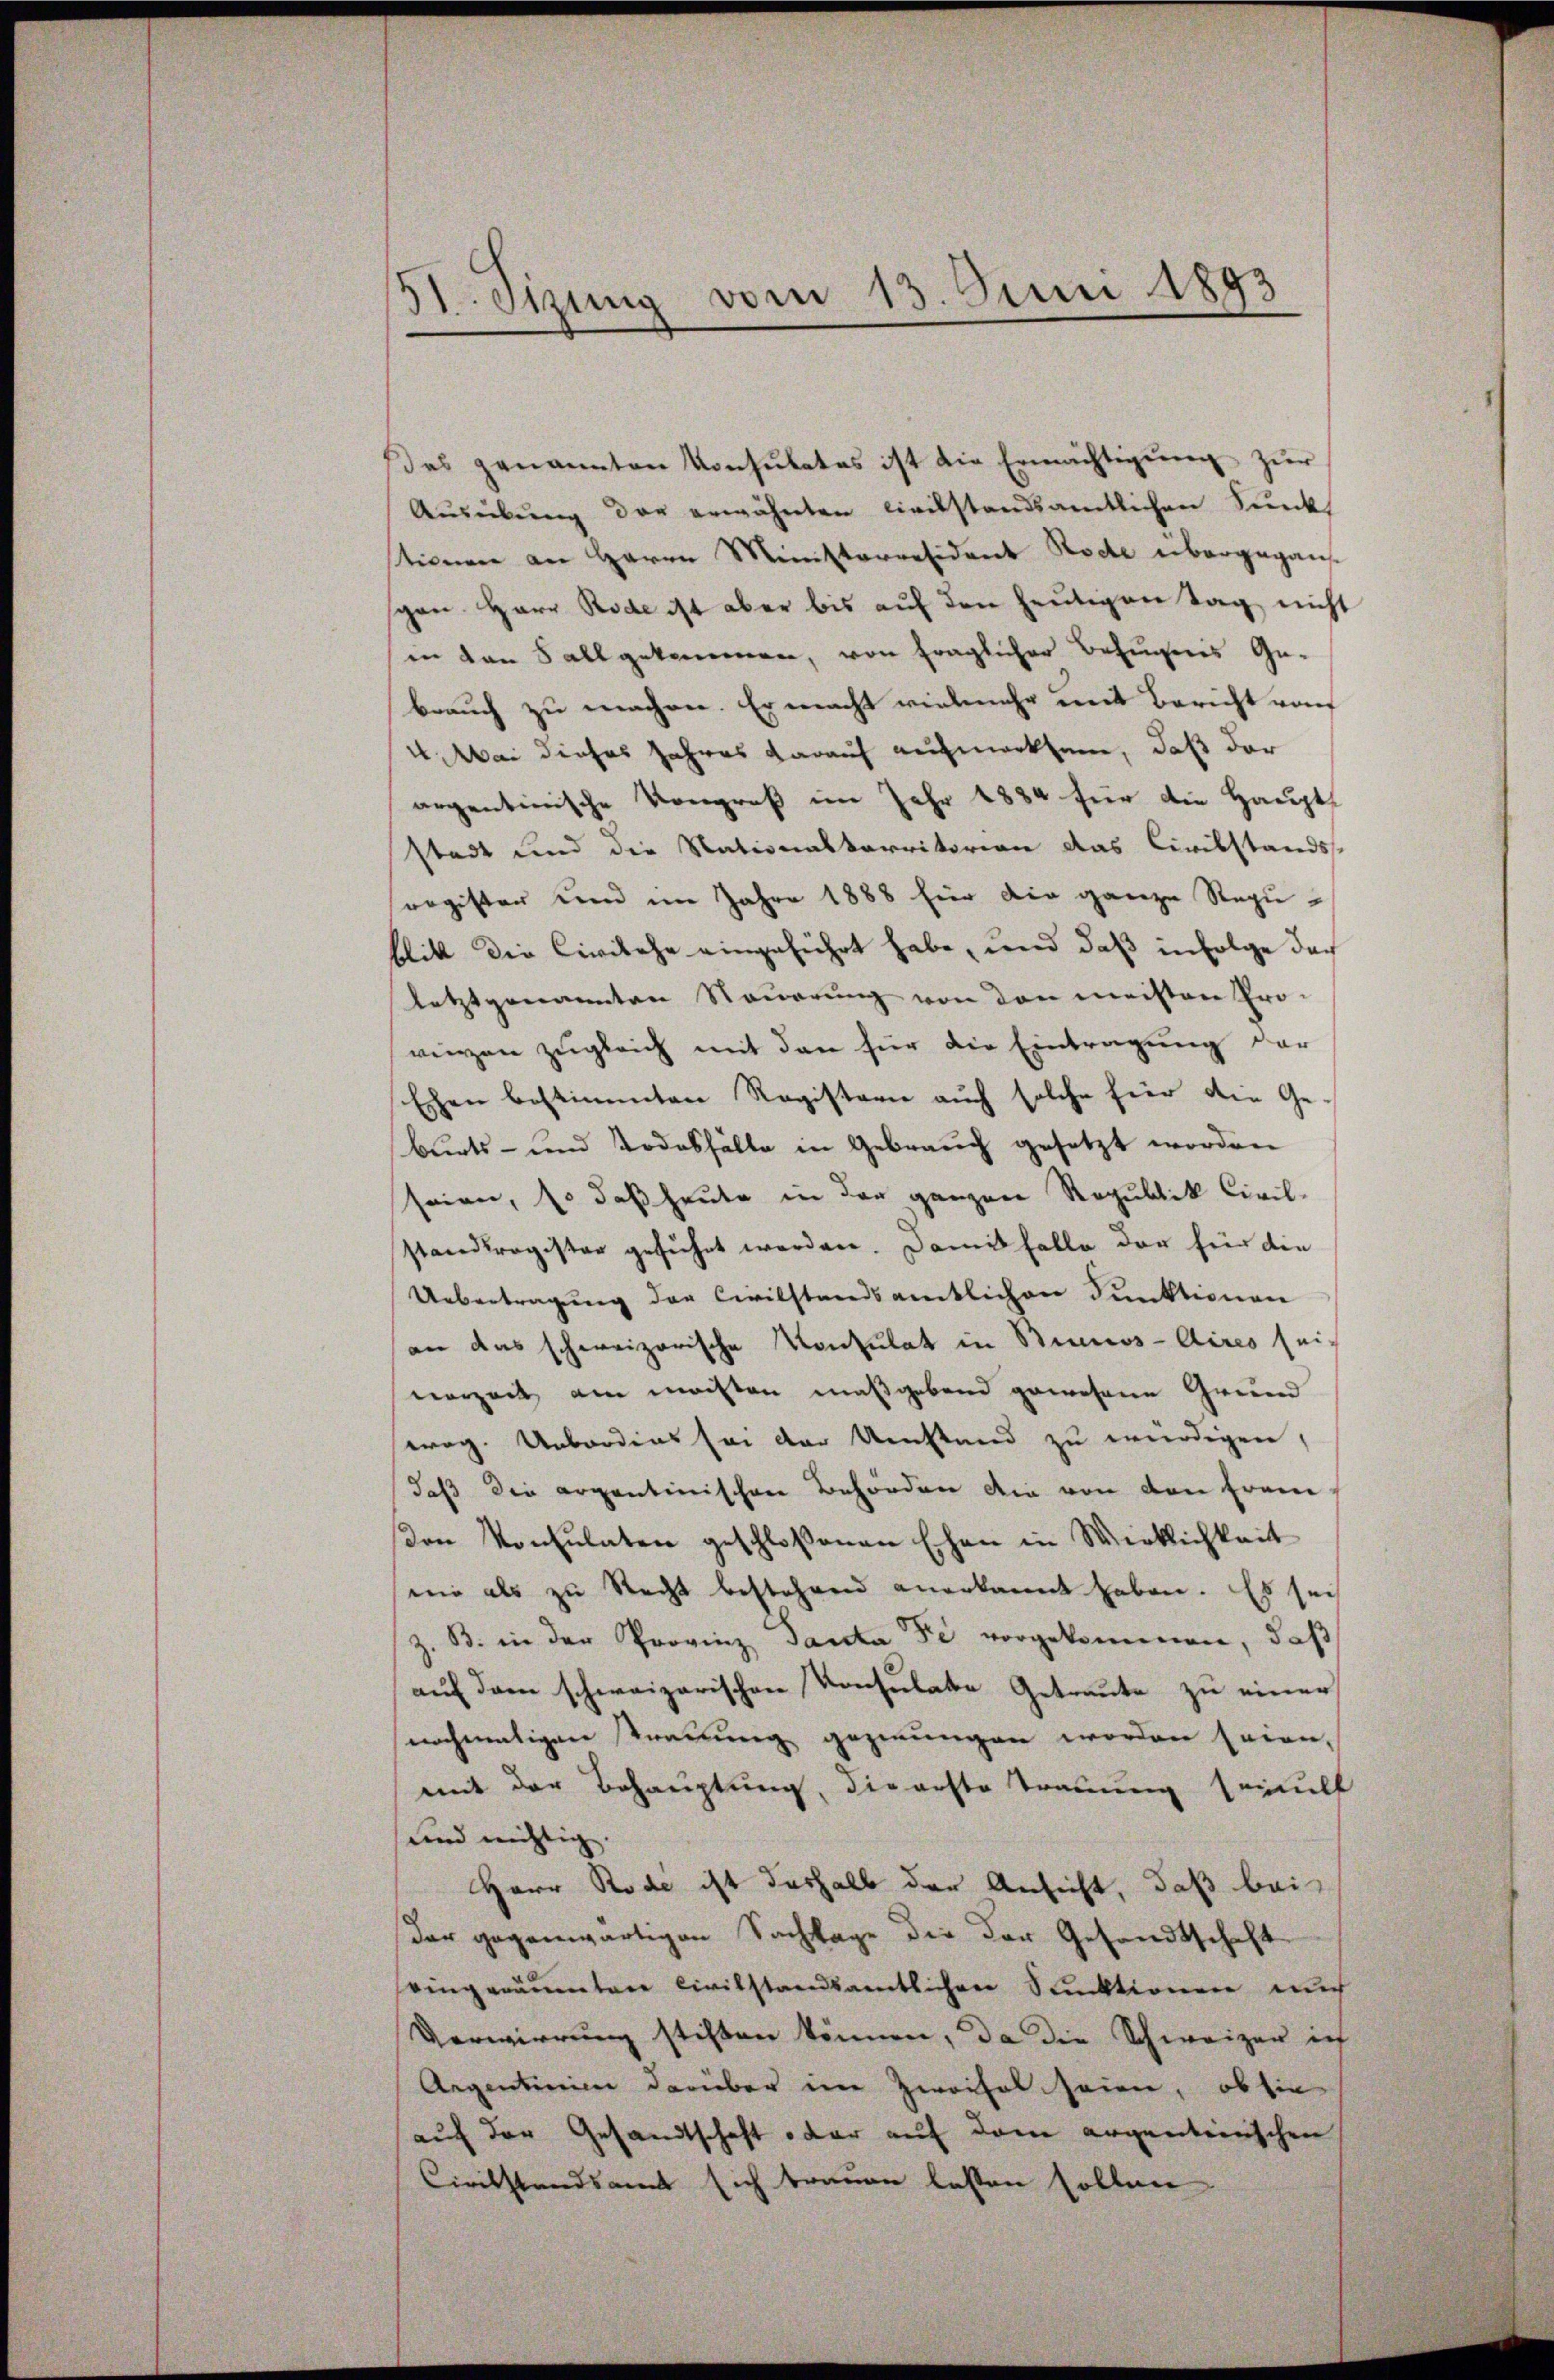
5 Stzung vom 13. Juni 1893

Das genannten Konsulates ist die Ermächtigung zur
Aŭsübŭng der erwähnten Civilstandsamtlichen Sunk
tionen an Herrn Ministerresident Rode übergegangen. Herr Rode ist aber bis auf den heutigen Tag nicht
in den Sall gekommen, von fraglicher Befugnis Ge-
brauch zu machen. Er macht vielmehr mit Bericht vo
4 Mai dieses Jahres darauf aufmerksam, daß der
argentinische Kongreß im Jahr 1884 für die Hauptstadt und die Nationalkarritorion das Civilstands-
register und im Jahre 1888 hier die ganze Reguflikt die Civilehe eingeführt habe, und daß infolge doch
letztgenannten Steuerung von den meisten Pro-
renzen zugleich mit den für die Eintragung der
Echen bestimmten Registerie auch solche hier die Ge-
burts- und Todesfälle in Gebrauch gesetzt worden
seien, so daß heute in der ganzen Republik Civil-
standtragister geführt werden. Damit falle der für die
Uebertragung der Civilstandsamentlichen Punktivieren
an das schweizerische Konsulat in Binnos-Aires sei-
nerzeit am machten maßgebend gewesene Grund
weg. Unboodens sei der Umstand zu würdigen,
daß die argentinischen Behörden die von den Fran
den Konsulaten geschloßenen Ehen in Wirklichkeit
mie als zu Recht bestehend anerkannt haben. Es sei
z. B. in der Provinz Santa de vorgekommen, daß
auf dem schweizerischen Konsulate Getraute zu einer
nochmaligen Trauung gezwungen worden seien,
mit der Behauptung, die erste Trauung solt
und nichtig.
Herr Rode ist deshalb der Ansicht, daß bei
dar gegenwärtigen Sachlage die der Gesandtschaft
eingeräumten Civilstandsamtlichen Sektionen nur
Verwirrung stiften können, da die Schweizer ich
Argentinien darüber in Zweifel seien, ob sie
auf der Gesandtschaft oder auf dem argenteinschen
Civilstandsamt sich trauen lassen sollen